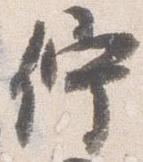
佇